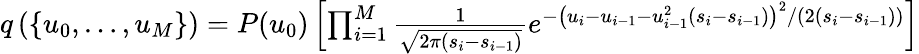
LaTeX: \begin{array}{r}{q\left(\{ u_{0},\ldots,u_{M}\} \right)=P(u_{0})\left[\prod_{i=1}^{M}\frac{1}{\sqrt{2\pi(s_{i}-s_{i-1})}}e^{-\left(u_{i}-u_{i-1}-u_{i-1}^{2}(s_{i}-s_{i-1})\right)^{2}/\left(2\left(s_{i}-s_{i-1}\right)\right)}\right]}\end{array}